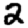
Digit: 2